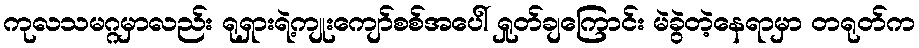
ကုလသမဂ္ဂမှာလည်း ရုရှားရဲ့ကျုးကျော်စစ်အပေါ် ရှုတ်ချကြောင်း မဲခွဲတဲ့နေရာမှာ တရုတ်က